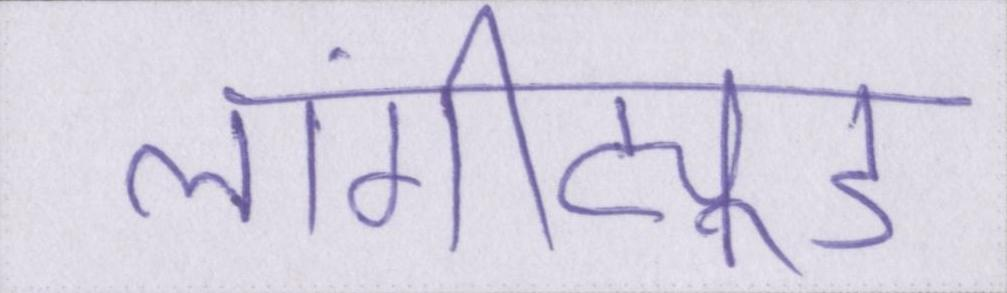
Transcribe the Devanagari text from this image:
लांगीट्यूड